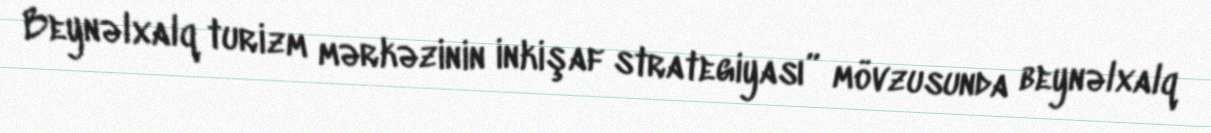
Beynəlxalq turizm mərkəzinin inkişaf strategiyası” mövzusunda beynəlxalq